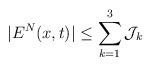
LaTeX: \begin{align*}|E^N(x,t)|\leq \sum_{k=1}^{3}{\mathcal{J}}_k\end{align*}